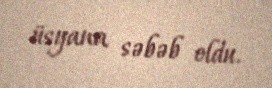
üsyana səbəb oldu.